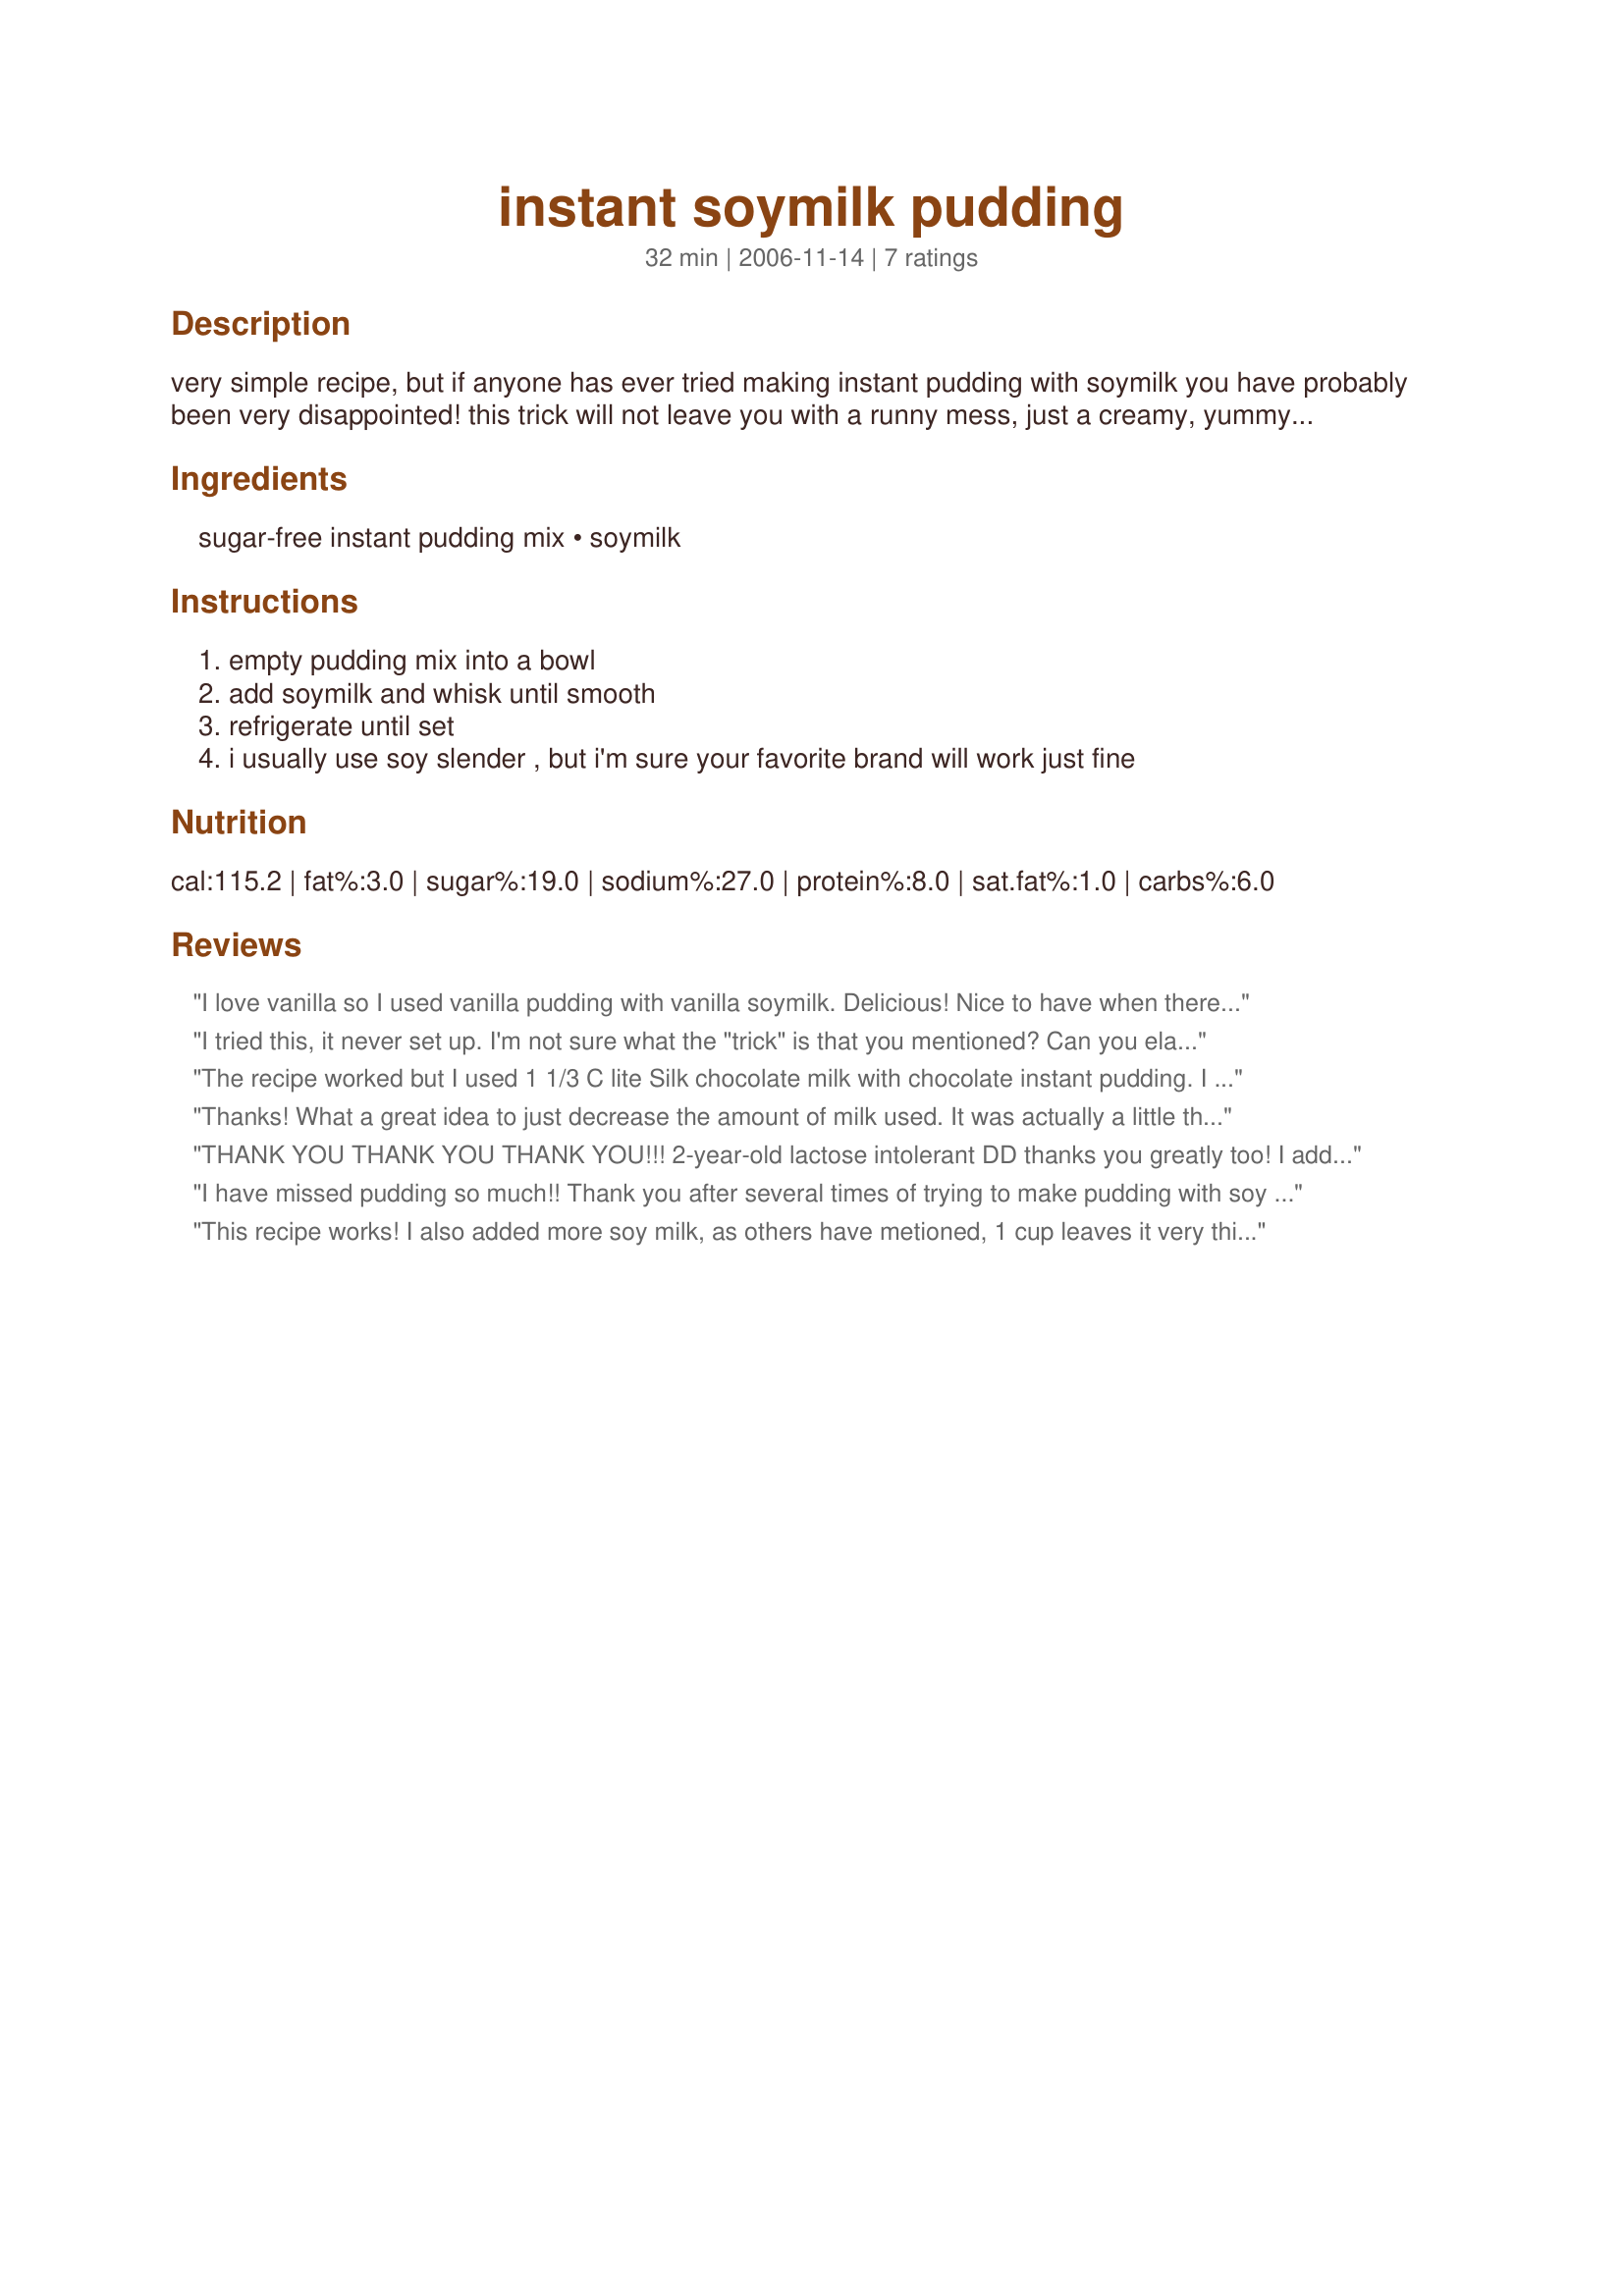
instant soymilk pudding
Preparation time: 32 minutes

very simple recipe, but if anyone has ever tried making instant pudding with soymilk you have probably been very disappointed! this trick will not leave you with a runny mess, just a creamy, yummy instant treat that is pretty healthy too! i like my pudding thick, so i use 1 cup of soy, but if you like a thinner pudding just increase the soymilk by 1/4 or 1/2 cup.

Ingredients:
sugar-free instant pudding mix, soymilk

Steps:
empty pudding mix into a bowl, add soymilk and whisk until smooth, refrigerate until set, i usually use soy slender , but i'm sure your favorite brand will work just fine

Reviews:
I love vanilla so I used vanilla pudding with vanilla soymilk. Delicious! Nice to have when there's a craving for something soft and sweet. It's also good to mix with coffee and milk to add more flavor when having a drink lol ;) Thanks for sharing, vitalev!
I tried this, it never set up. I'm not sure what the "trick" is that you mentioned? Can you elaborate?
The recipe worked but I used 1 1/3 C lite Silk chocolate milk with chocolate instant pudding. I added a little more soy milk after I started mixing it and it still had a few small lumbs that just didn't smooth out. I don't know if that's because it was low fat soy milk. the texture was fine though and it hit the spot. I will try again and layer with banana slices or sprinkle with shredded coconut.
Thanks! What a great idea to just decrease the amount of milk used. It was actually a little thick, so I added more soy milk bit by bit until the right consistency was achieved.
THANK YOU THANK YOU THANK YOU!!! 2-year-old lactose intolerant DD thanks you greatly too! I added the whole 1 1/2 cups of soy milk because the reviews saying 1 cup was too thick "scared me", but frankly I thought 1 1/2 cups was far too runny, but the flavor was so good we gobbled it all up anyway. I am going to use just 1 cup next time and probably will use plain soymilk instead of vanilla because it was REALLY sweet. My next task is to make a banana pudding... MMMMMMM.
I have missed pudding so much!! Thank you after several times of trying to make pudding with soy milk i read this and it works I also thought it was a bit thick so next time i will add in more soy
This recipe works! I also added more soy milk, as others have metioned, 1 cup leaves it very thick. I did notice after sitting in the fridge for a few days the consistency became thinner. Better eat it in less than 3 days next time!
